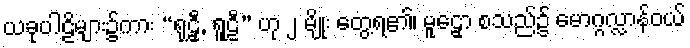
ယခုပါဠိများ၌ကား “ရုဠှီ, ရူဠီ” ဟု ၂ မျိုး တွေ့ရ၏၊ မူဠှော စသည်၌ မောဂ္ဂလ္လာန်ဝယ်